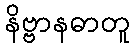
နိဗ္ဗာနဓာတူ